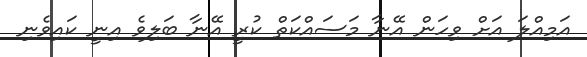
އަމިއްލަ އަށް ވިހަން އޭނާ މަސައްކަތް ކުރީ އޭނާ ބަލިވެ އިނީ ކައިވެނި